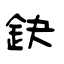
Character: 鈌